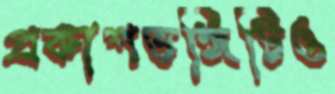
প্রকাশভঙ্গিটিও